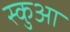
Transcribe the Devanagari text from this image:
स्कुआ